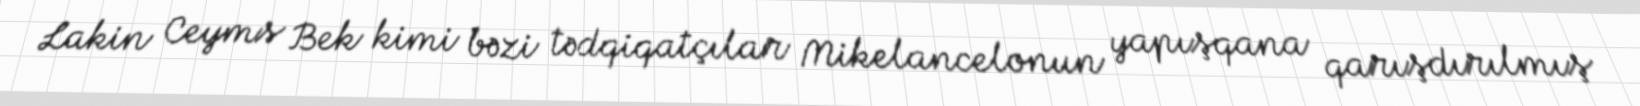
Lakin Ceyms Bek kimi bəzi tədqiqatçılar Mikelancelonun yapışqana qarışdırılmış